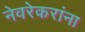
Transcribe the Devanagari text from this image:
नेवरेकरांना